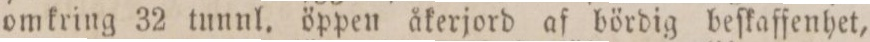
omkring 32 tunnl. öppen åkerjord af bördig beſkaffenhet,